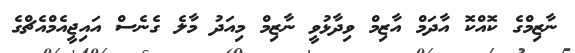
ނާޒިމްގެ ކޮއްކޮ އާދަމް އާޒިމް ވިދާޅުވީ ނާޒިމް މިއަދު މާލެ ގެެނެސް އައިޖީއެމްއެޗްގެ